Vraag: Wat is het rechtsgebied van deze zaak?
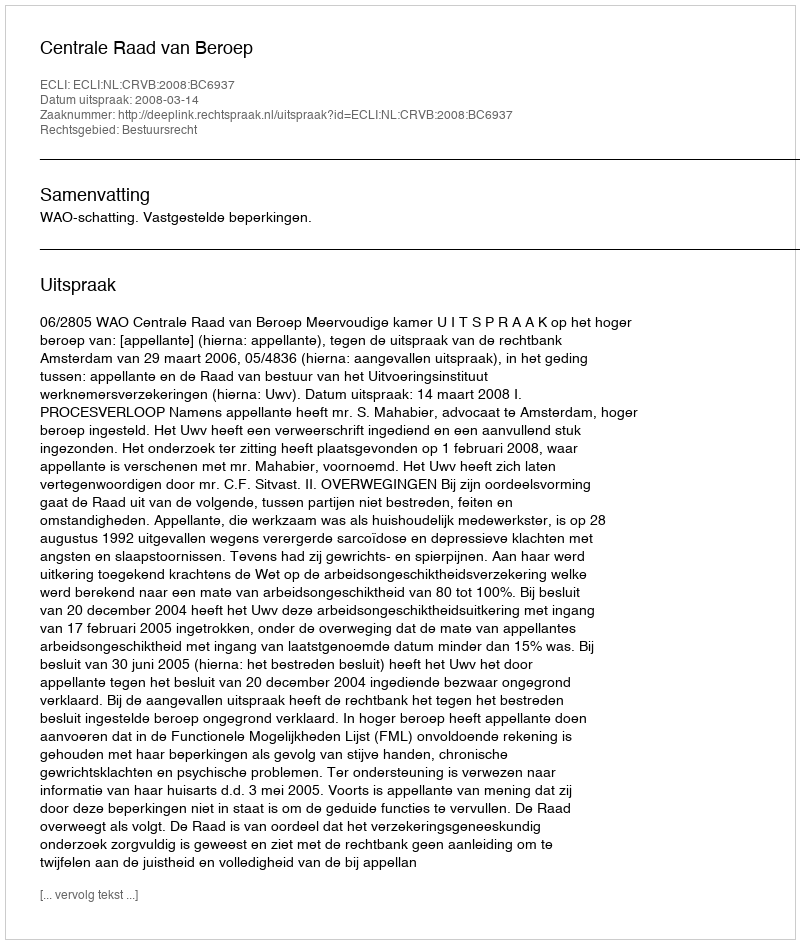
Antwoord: Bestuursrecht